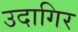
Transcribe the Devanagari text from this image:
उदागिर